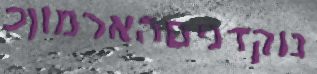
נוקדניםהארמוןכ